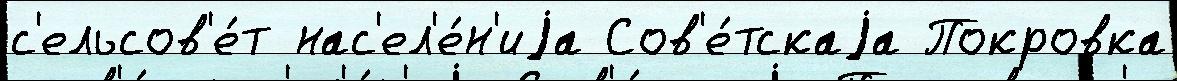
с'ельсов'е́т нас'ел'е́н'иjа Сов'е́тскаjа Покровка